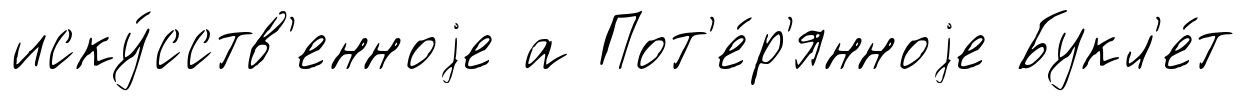
иску́сств'енноjе а Пот'е́р'янноjе Букл'е́т